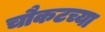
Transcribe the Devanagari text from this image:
चौकटच्या